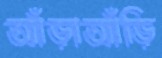
আঁড়াআঁড়ি